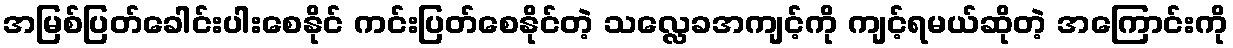
အမြစ်ပြတ်ခေါင်းပါးစေနိုင် ကင်းပြတ်စေနိုင်တဲ့ သလ္လေခအကျင့်ကို ကျင့်ရမယ်ဆိုတဲ့ အကြောင်းကို